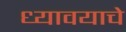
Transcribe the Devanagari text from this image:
ध्यावयाचे